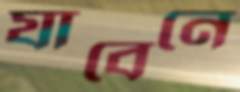
যাবেনে